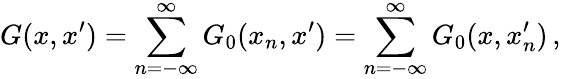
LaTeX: G(x,x^{\prime})=\sum_{n=-\infty}^{\infty}G_{0}(x_{n},x^{\prime})=\sum_{n=-\infty}^{\infty}G_{0}(x,x_{n}^{\prime})\, ,